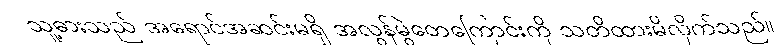
သူ့ဓားသည် အရောင်အဆင်းမရှိ အလွန်မွဲတေကြောင်းကို သတိထားမိလိုက်သည်။